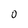
Character: O